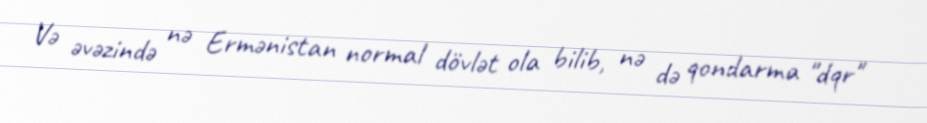
Və əvəzində nə Ermənistan normal dövlət ola bilib, nə də qondarma "dqr"